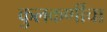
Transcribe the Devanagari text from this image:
कुलकर्णींचा